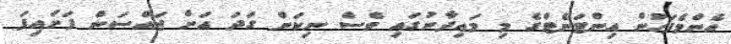
އެންމެފަހުން އިންޓަނެޓްގެ މި މައިދާނުގައި ވެސް ނިކަން ގަދަ އަށް ޖައްސަން ފަށައިފަ